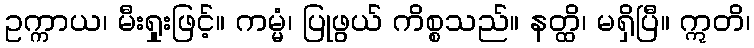
ဥက္ကာယ၊ မီးရှုးဖြင့်။ ကမ္မံ၊ ပြုဖွယ် ကိစ္စသည်။ နတ္ထိ၊ မရှိပြီ။ ဣတိ၊